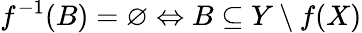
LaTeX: f^{-1}(B)=\varnothing\Leftrightarrow B\subseteq Y\setminus f(X)